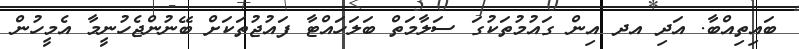
ބައިތިއްބާ. އަދި އދ އިން ގައުމުތަކުގަ ސަލާމަތް ބަލަހައްޓާ ފައުޖުތަކަށް ބޭނުންޖެހުނީމާ އެމީހުން